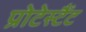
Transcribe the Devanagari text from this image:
प्रोटेस्टैँट